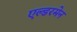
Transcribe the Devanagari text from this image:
एल्डरमेन